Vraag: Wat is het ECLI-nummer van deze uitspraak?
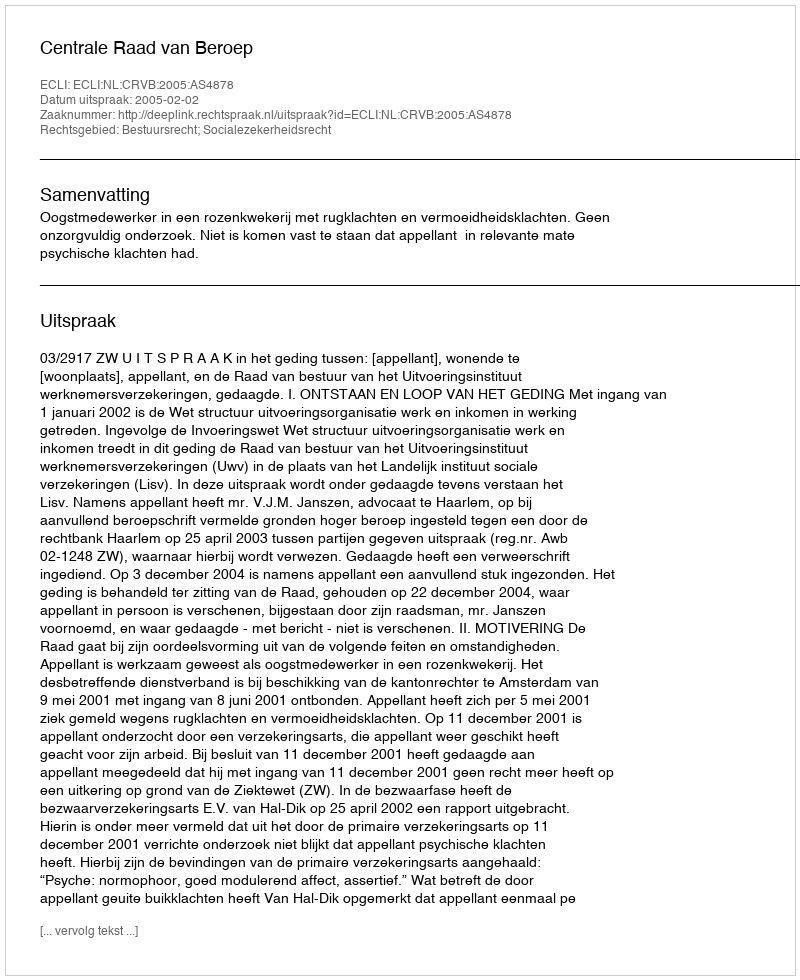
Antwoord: ECLI:NL:CRVB:2005:AS4878